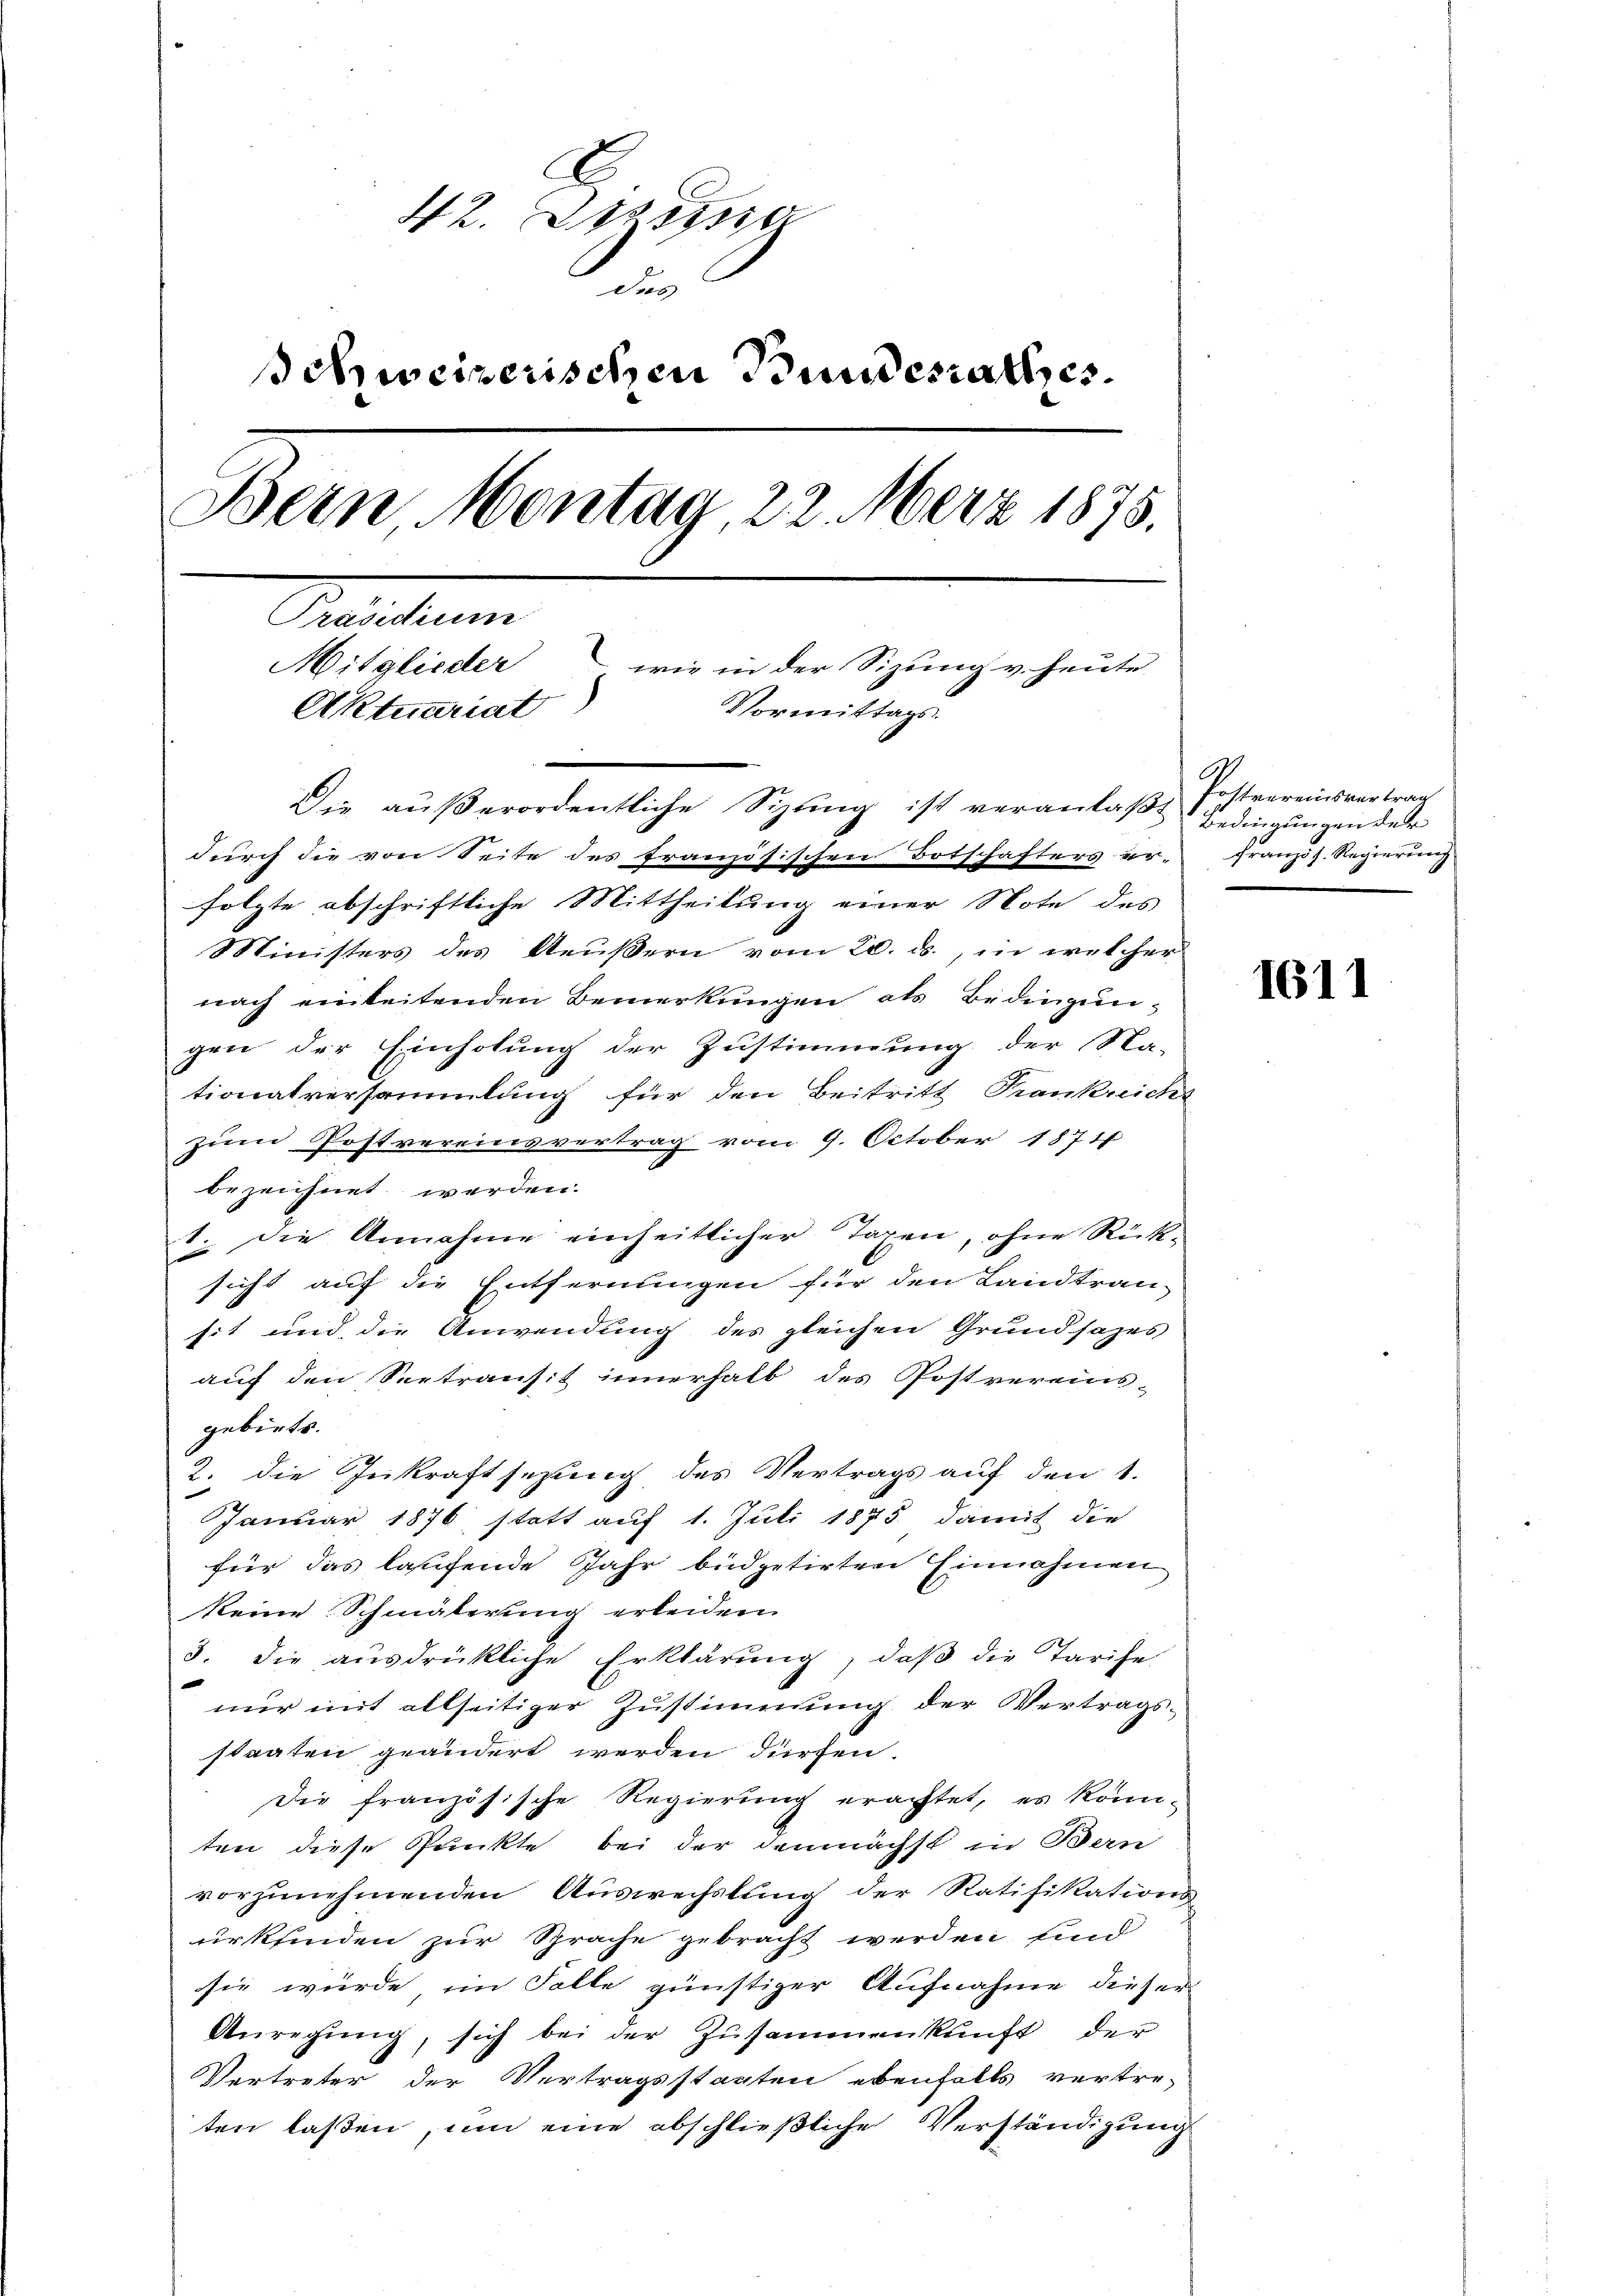
42. Des
dur
Schweizerischen Bundesrathes.
Bein Montag 22. März 1875.
Praesidium
Mitglieder wie in der Sizung v. heute
Vormittags.
Aktuariat
.
Die aŭβerordentliche Sizŭng ist veranlaβt Bedingungen der
durch die von Seite des französischen Totschafters er-

folgte abschriftliche Mittheilung einer Note des
Ministers des Aeußern vom 20. ds., in welcher
nach einleitenden Bemerkungen als Bedingun-
gen der Einholung der Zustimmung der Na-
tionalversammlung für den Beitritt Frankreicht
zum Postvereinsvertrag vom 9. October 1871
bezeichnet werden.
1. Die Annahme einheitlicher Tagen, ohne Rücksicht auf die Entfernungen für den Landtran-
sit und die Anwendung des gleichen Grundsazes
auf den Seetransit innerhalb des Postvereins-
gebiets.
2. die Inkraft sezung des Vertrags auf den 1.
Januar 1876, statt auf 1. Juli 1875 damit die
für das laufende Jahr büdgetirten Einnahmen
keine Schmälerung erleiden.
3. die ausdrückliche Erklärung, daβ die Tarife
nur mit allseitiger Zustimmung der Vertragsstaaten geändert werden dürfen.
die französische Regierung erachtet, es könn-
ten diese Punkte bei der demnächst in Bern
vorzunehmenden Auswechslung der Ratifikations
urkunden zur Sprache gebracht werden, sind
sie würde, im Falle günstiger Aufnahme dieser
Anregŭng, sich bei der Zusammenkunft der
Vertreter der Vertragsstanten ebenfalls vertre-
ten laßen, um eine abschließliche Verständigung

Posterreinsvertrag
ennen eine gegen

1611